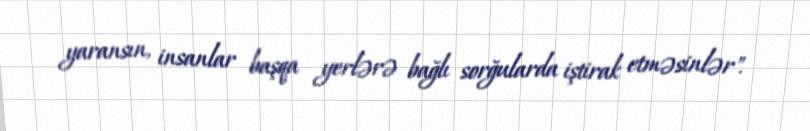
yaransın, insanlar başqa yerlərə bağlı sorğularda iştirak etməsinlər".